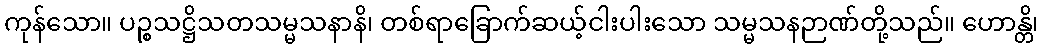
ကုန်သော။ ပဉ္စသဋ္ဌိသတသမ္မသနာနိ၊ တစ်ရာခြောက်ဆယ့်ငါးပါးသော သမ္မသနဉာဏ်တို့သည်။ ဟောန္တိ၊